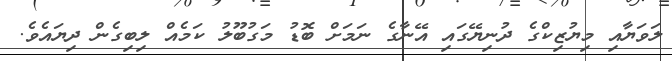
ލަވަޔާއި މިޔުޒިކްގެ ދުނިޔޭގައި އޭނާގެ ނަމަށް ބޮޑު މަގުބޫލު ކަމެއް ލިބިގެން ދިޔައެވެ.